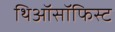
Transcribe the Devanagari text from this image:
थिऑसॉफिस्ट